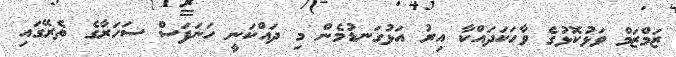
ޒަމްޒަމް ވަޅުކޮޅުގެ ވާހަކަދައްކާ އިރު އަޅުގަނޑުމެން މި ދައްކަނީ ހަނަފަސް ސަހަރާގެ ތެރޭގައި